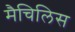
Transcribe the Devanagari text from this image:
मैचिलिस